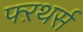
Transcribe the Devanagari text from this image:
फ्ऱथर्स